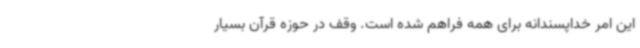
این امر خداپسندانه برای همه فراهم شده است. وقف در حوزه قرآن بسیار